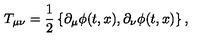
T _ { \mu \nu } = { \frac { 1 } { 2 } } \left\{ \partial _ { \mu } \phi ( t , x ) , \partial _ { \nu } \phi ( t , x ) \right\} ,